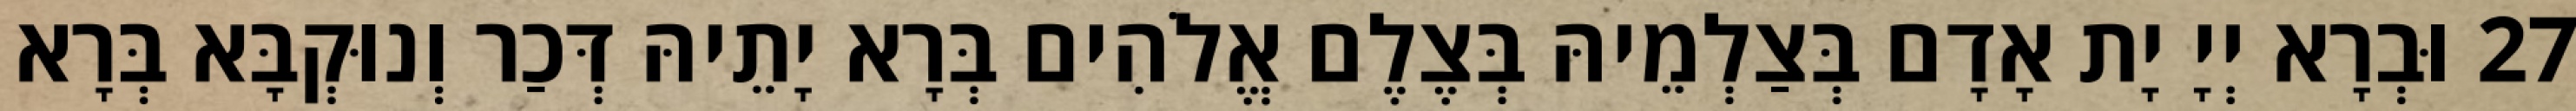
27 וּבְרָא יְיָ יָת אָדָם בְּצַלְמֵיהּ בְּצֶלֶם אֱלֹהִים בְּרָא יָתֵיהּ דְּכַר וְנוּקְבָּא בְּרָא